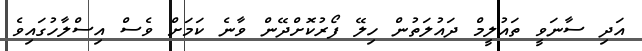
އަދި ސާނަވީ ތައުލީމް ދައުލަތުން ހިލޭ ފޯރުކޮށްދޭން ވާނެ ކަމަށް ވެސް އިސްލާހުގައިވެ